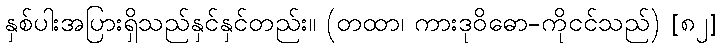
နှစ်ပါးအပြားရှိသည်နှင်နှင်တည်း။ (တထာ၊ ကားဒုဝိဓော-ကိုငင်သည်) [၈၂]